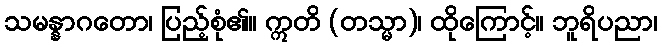
သမန္နာဂတော၊ ပြည့်စုံ၏။ ဣတိ (တသ္မာ)၊ ထိုကြောင့်။ ဘူရိပညာ၊